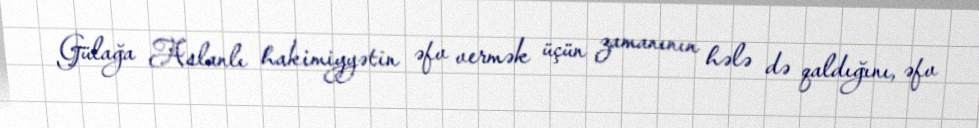
Gülağa Aslanlı hakimiyyətin əfv vermək üçün zamanının hələ də qaldığını, əfv